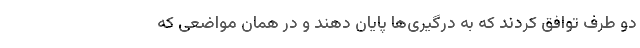
دو طرف توافق کردند که به درگیری‌ها پایان دهند و در همان مواضعی که